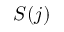
S ( j )